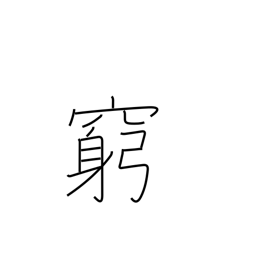
Meaning: hard up